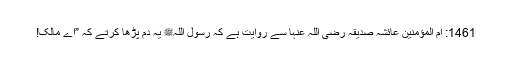
1461: اُمّ المؤمنین عائشہ صدیقہ رضی اللہ عنہا سے روایت ہے کہ رسول اللہﷺ یہ دم پڑھا کرتے کہ ”اے مالک!